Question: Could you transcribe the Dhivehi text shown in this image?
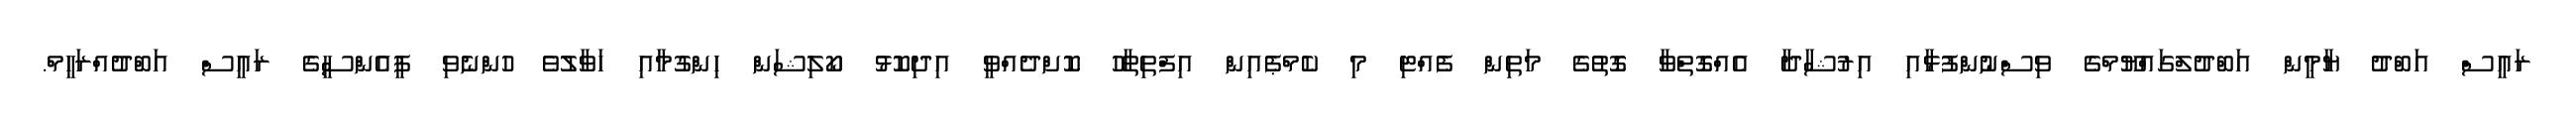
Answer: ރައީސް އަބްދު ޔާމީން އަބްދުލްގައްޔޫމްގެ ވިސްނުންފުޅާއި އިރުޝާދާ އެއްގޮތްވާ ގޮތުގެ މަތިން ފެއްޓި މި ކެމްޕެއިން އިފްތިތާހު ކޮށްދެއްވީ އިދިކޮޅު ކޯލިޝަން ހިންގުމާއި ހަވާލުވެ ހުންނެވި ޕީއެންސީގެ ރައީސް އަބްދުއްރަހީމް.